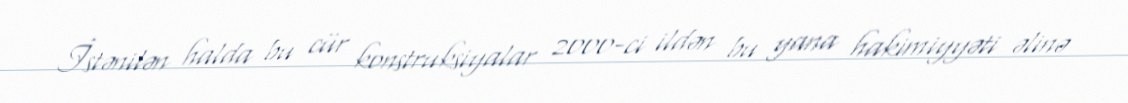
İstənilən halda bu cür konstruksiyalar 2000-ci ildən bu yana hakimiyyəti əlinə